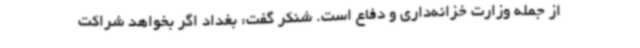
از جمله وزارت خزانه‌داری و دفاع است. شنکر گفت: بغداد اگر بخواهد شراکت